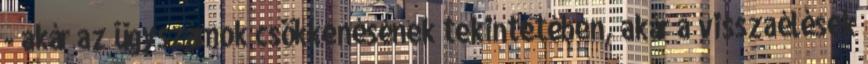
- akár az ügyszámok csökkenésének tekintetében, akár a visszaélések